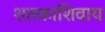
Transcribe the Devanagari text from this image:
शतकाशिवाय